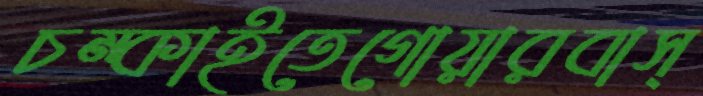
চম্‌কাইতেগোয়ারবাস্